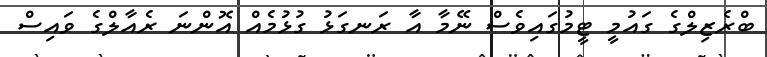
ބްރެޒިލްގެ ގައުމީ ޓީމުގައިވެސް ނޭމާ އާ ރަނގަޅު ގުޅުމެއް އޮންނަ ރެއާލްގެ ވައިސް